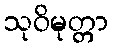
သုဝိမုတ္တာ